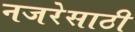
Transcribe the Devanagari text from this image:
नजरेसाठी